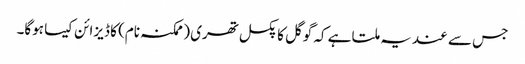
جس سے عندیہ ملتا ہے کہ گوگل کا پکسل تھری (ممکنہ نام) کا ڈیزائن کیسا ہوگا۔